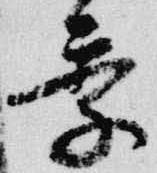
季